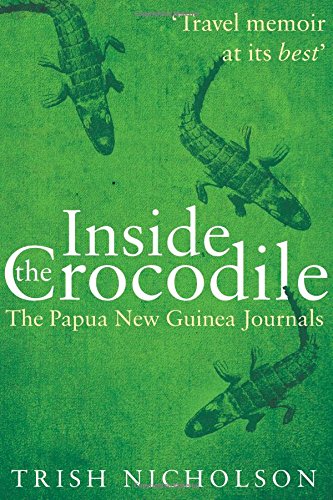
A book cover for Inside the Crocodile: The Papua New Guinea Journals; Trish Nicholson; Travel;